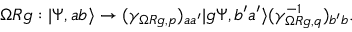
\Omega R g : | \Psi , a b \rangle \to ( \gamma _ { \Omega R g , p } ) _ { a a ^ { \prime } } | g \Psi , b ^ { \prime } a ^ { \prime } \rangle ( \gamma _ { \Omega R g , q } ^ { - 1 } ) _ { b ^ { \prime } b } .